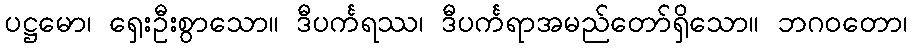
ပဋ္ဌမော၊ ရှေးဦးစွာသော။ ဒီပင်္ကရဿ၊ ဒီပင်္ကရာအမည်တော်ရှိသော။ ဘဂဝတော၊